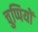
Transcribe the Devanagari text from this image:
चुप्पियों